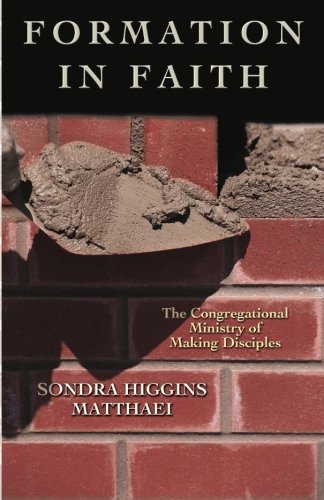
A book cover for Formation in Faith: The Congregational Ministry of Making Disciples; Sondra Matthaei; Christian Books & Bibles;